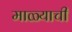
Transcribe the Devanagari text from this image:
माळ्याची